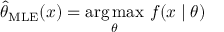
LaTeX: { \hat { \theta } } _ { \mathrm { M L E } } ( x ) = { \underset { \theta } { \operatorname { a r g \, m a x } } } \ f ( x \mid \theta )